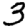
Digit: 3